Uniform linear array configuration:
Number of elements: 64
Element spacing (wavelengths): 0.5
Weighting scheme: cosine
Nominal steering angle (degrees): -15
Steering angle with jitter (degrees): -13.988
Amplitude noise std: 0.05
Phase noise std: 0.05

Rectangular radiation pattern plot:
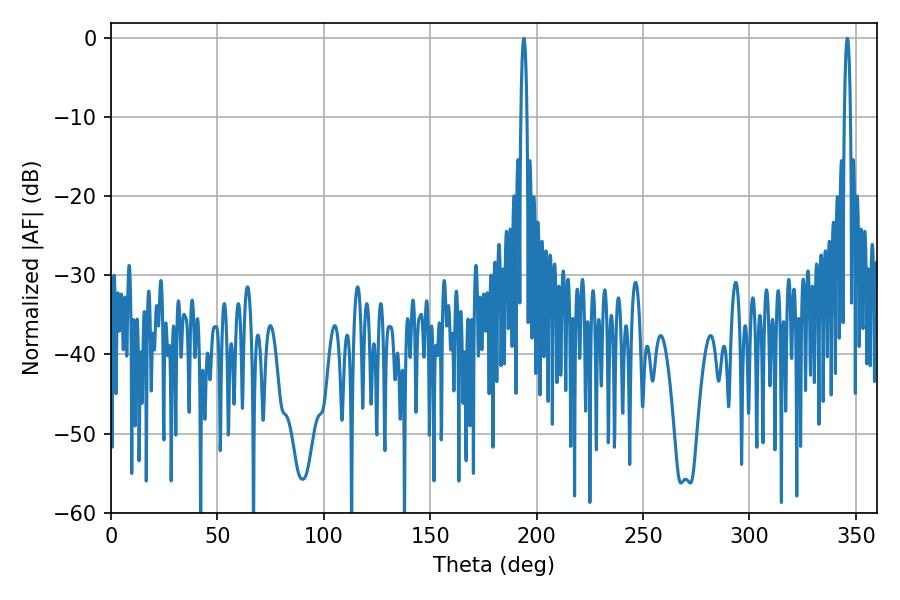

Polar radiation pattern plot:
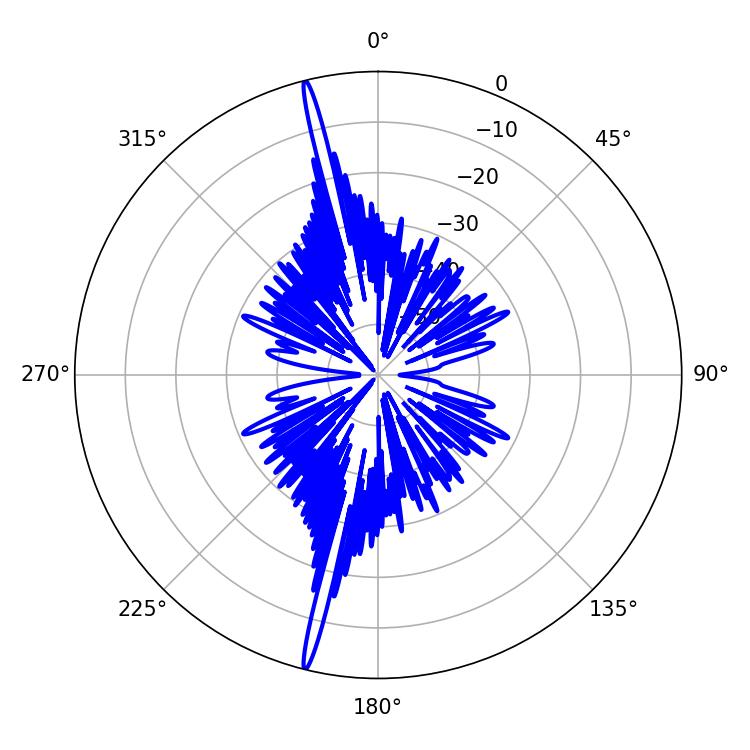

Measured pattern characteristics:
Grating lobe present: FALSE
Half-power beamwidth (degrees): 1.62
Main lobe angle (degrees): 345.96